Annual report on the lock hospitals of the Madras Presidency
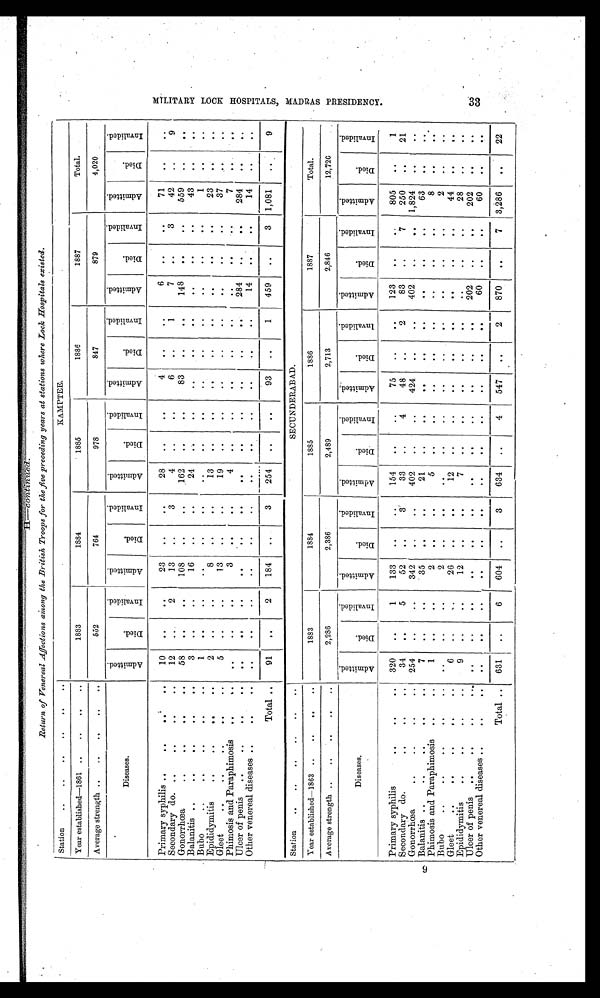
9
Return of Venereal Affections among the British Troops for the five preceding years at stations where Lock Hospitals existed.
Station
.. .. ..
. . KAMPTEE.
Year established—1861 .. .. .. ..
1883
1884
1885
1886
1887
Total.
Average strength
..
.. .. .. ..
552
764
978
847
879
4,020
Diseases.
A d m i t t e d .
D i e d .
I n v a l i d e d .
A d m i t t e d .
D i e d .
I n v a l i d e d .
A d m i t t e d .
D i e d .
I n v a l i d e d .
A d m i t t e d .
D i e d .
I n v a l i d e d .
A d m i t t e d .
D i e d .
I n v a l i d e d .
A d m i t t e d .
D i e d .
I n v a l i d e d .
Primary syphilis ..
..
..
.. 10
. .
. .
23
. .
. .
28 ..
..
4
. . ..
6
. .
. .
71
. .
. .
Secondary do. ..
..
..
.. 12
. .
2
13
. .
3
4 .. ..
6
. . 1
7 . .
3
42
. .
9
Gonorrhœa
..
..
..
..
58 ..
..
108
. .
..
162 ..
. .
83 ..
. .
148
. .
..
559 ..
. .
Balanitis ..
..
..
..
..
3 ..
..
16 ..
..
24 ..
. .
..
..
. .
..
. .
..
43
..
. .
Bubo
..
..
..
1
. .
. .
. .
. .
. .
. .
. .
. .
. .
. .
. .
. . ..
. .
1
. . ..
Epididyniitis..
..
..
..
2 . .
. .
8
. .
. .
13
. .
. .
. .
. .
. .
. .
. .
. .
23 ..
. .
Gleet
..
..
..
..
5
. .
..
13
. . ..
19 ..
. .
. .
. .
. .
. . ..
. .
37 ..
..
Phimosis and Paraphimosis ..
.. ..
. .
. .
3
. .
..
4 ..
..
. .
. . ..
. .
. .
. .
7
.. ..
Ulcer of penis ..
..
..
..
. .
. .
. .
. .
..
..
. .
. .
. . ..
. .
. . 284 ..
. . 284
. .
. .
Other venereal diseases..
..
.. . .
. .
..
..
..
..
. .
. . ..
. .
. .
..
14
. .
. .
14 ..
. .
Total ..
91 . .
2
184 ..
3
254
. .
. .
93 ..
1
459
. .
3 1,081
..
9
Station .. .. .. .. .. ..
SECUNDERABA.D.
Year established—1863 .. .. .. ..
1883
1884
1885
1886
1887
Total.
Average strength .. .. .. .. ..
2,286
2,386
2,489
2,713
2,846
12,720
Diseases.
A d m i t t e d .
D i e d .
I n v a l i d e d .
A d m i t t e d .
D i e d .
I n v a l i d e d . A d m i t t e d .
D i e d .
I n v a l i d e d .
A d m i t t e d .
D i e d .
I n v a l i d e d .
A d m i t t e d .
D i e d
I n v a l i d e d . A d m i t t e d .
D i e d .
I n v a l i d e d .
Primary syphilis
..
..
.. 320 . .
1
133
. .
..
154
. .
. .
75
..
. . 123
. .
. .
805
..
1
Secondary do.
..
. .
34
. .
5
52 ..
3
33 ..
4
48 ..
2
83
. .
7
250 ..
21
Gonorrhœa
..
..
..
.. 254 ..
. . 34
. .
. . 402
. .
..
424 ..
..
402
. .
.. 1,824
. .
. .
Balanitis.. ..
..
..
7
. .
..
35
. .
. .
21
. . ..
. .
..
. .
. .
. .
. .
63
. .
. .
Phimosis and Paraphimosis ..
..
1 ..
..
2
. .
. .
5
. .
. .
..
..
. . ..
..
. .
8 ..
. .
Bubo
..
..
..
..
..
. .
. .
. .
2
. .
. .
. .
. . ..
. .
. .
. .
. .
. .
. .
2 .. ..
Gleet
..
..
..
..
..
6 ..
..
26 ..
. .
12 ..
. . ..
. .
. .
..
..
. .
44
.. ..
Epididymitis ..
..
..
..
9
. .
..
12 . .
. .
7
. .
. . ..
. .
. .
. .
..
..
28 ..
. .
Ulcer of penis ..
..
..
..
. .
. .
. .
. .
. .
. . . .
. .
. . ..
. .
. . 202
. .
. . 202
. .
..
Other venereal diseases..
..
.. ..
. .
. .
. .
. .
. . ..
. .
. . ..
. .
. .
60 . .
..
60
. . ..
Total
..
.. 631 ..
6
604 ..
3
634 ..
4
547
. .
2
870
. .
7 3,286
.. 22
3 3
M I L I T A R Y L O O K H O S P I T A L S , M A D R A S P R E S I D E N C Y .